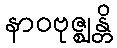
နာဝဗုဇ္ဈန္တိ